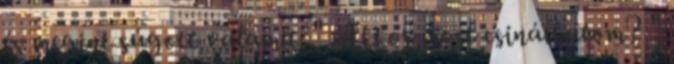
és megint súgott valamit. " Akkor most csinálhatom? "